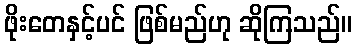
ဖိုးတေနှင့်ပင် ဖြစ်မည်ဟု ဆိုကြသည်။